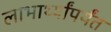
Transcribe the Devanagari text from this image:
लाभार्थ्यांपर्यंत